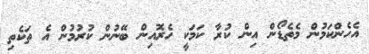
އެހެންކަމުން މެތެޑޯން އިން ކުރާ ކަމަކީ ހެރޮއިން ބޭނުން ކުރުމުން އެ ތަކެތި